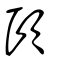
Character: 𣢮